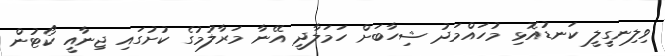
ވިލިނގީިލީ ކަނޑުއޮޅި މުހައްމަދު ޝިހާބަށް ހަމަލާދީ އޭނާ މަރާލުމުގެ ކުށުގައި ޖިނާއީ ކޯޓުން